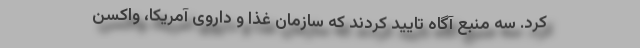
کرد. سه منبع آگاه تأیید کردند که سازمان غذا و داروی آمریکا، واکسن